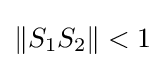
\|S_{1}S_{2}\|<1